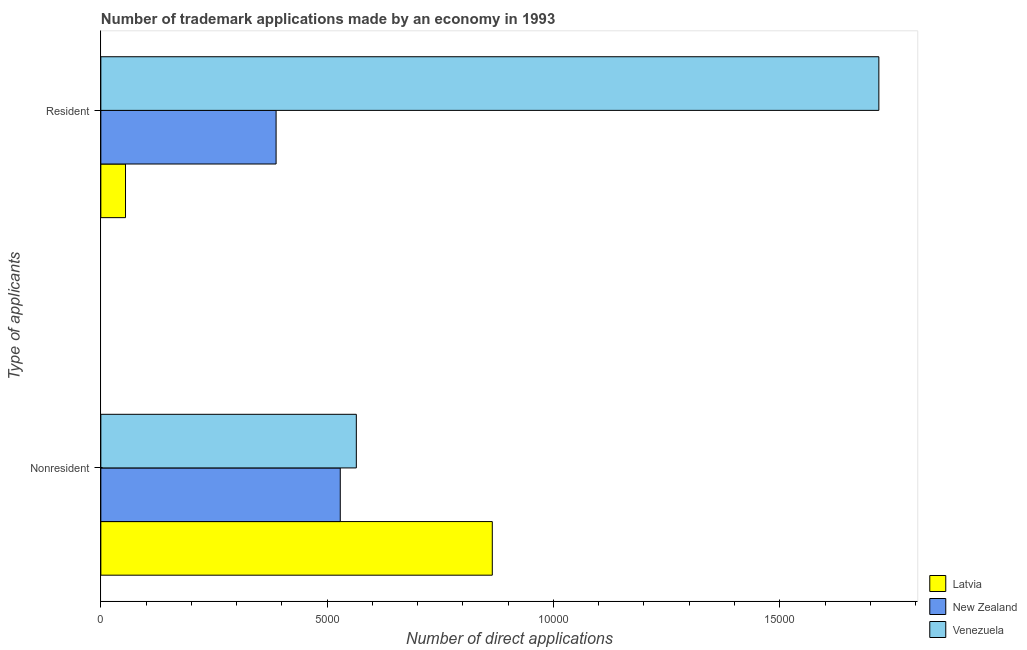
| Type of applicants | Latvia | New Zealand | Venezuela |
 | --- | --- | --- | --- |
 | Nonresident | 8.65e+03 | 5.29e+03 | 5.64e+03 |
 | Resident | 545 | 3.87e+03 | 1.72e+04 |